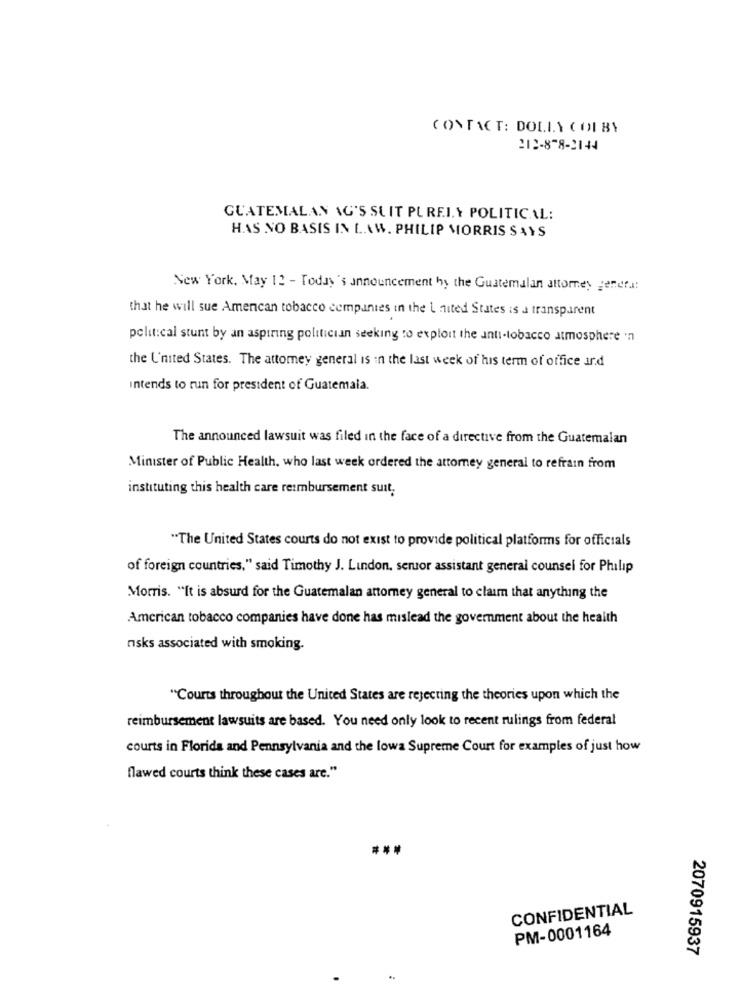
CONTACT: DOLLY ( O1 BY
212-878-2144
GUATEMALAN AG'S SUIT PUREI. Y POLITICAL:
HAS NO BASIS IN L.AW. PHILIP MORRIS SAYS
New York, May 12 - Today's announcement hy the Guatemalan attorney genera:
that he will sue American tobacco companies in the United States is a transparent
political stunt by an aspiring politician seeking to exploit the anti-tobacco atmosphere 'n
the United States. The attorney general is in the last week of his term of office ind
intends to run for president of Guatemala.
The announced lawsuit was filed in the face of a directive from the Guatemalan
Minister of Public Health, who last week ordered the attorney general to refrain from
instituting this health care reimbursement suit,
"The United States courts do not exist to provide political platforms for officials
of foreign countries," said Timothy J. Lindon, seruor assistant general counsel for Philip
Morris. "It is absurd for the Guatemalan attorney general to claim that anything the
American tobacco companies have done has mislead the government about the health
risks associated with smoking.
"Courts throughout the United States are rejecting the theories upon which the
reimbursement lawsuits are based. You need only look to recent rulings from federal
courts in Florida and Pennsylvania and the lowa Supreme Court for examples of just how
flawed courts think these cases are."
CONFIDENTIAL
PM-0001164
2070915937